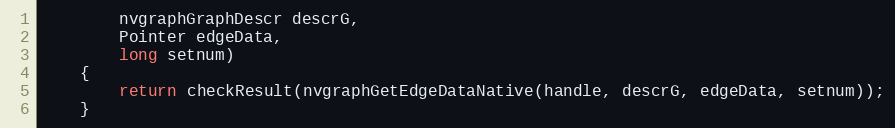
Language: Java
        nvgraphGraphDescr descrG,
        Pointer edgeData,
        long setnum)
    {
        return checkResult(nvgraphGetEdgeDataNative(handle, descrG, edgeData, setnum));
    }